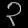
Digit: ၃